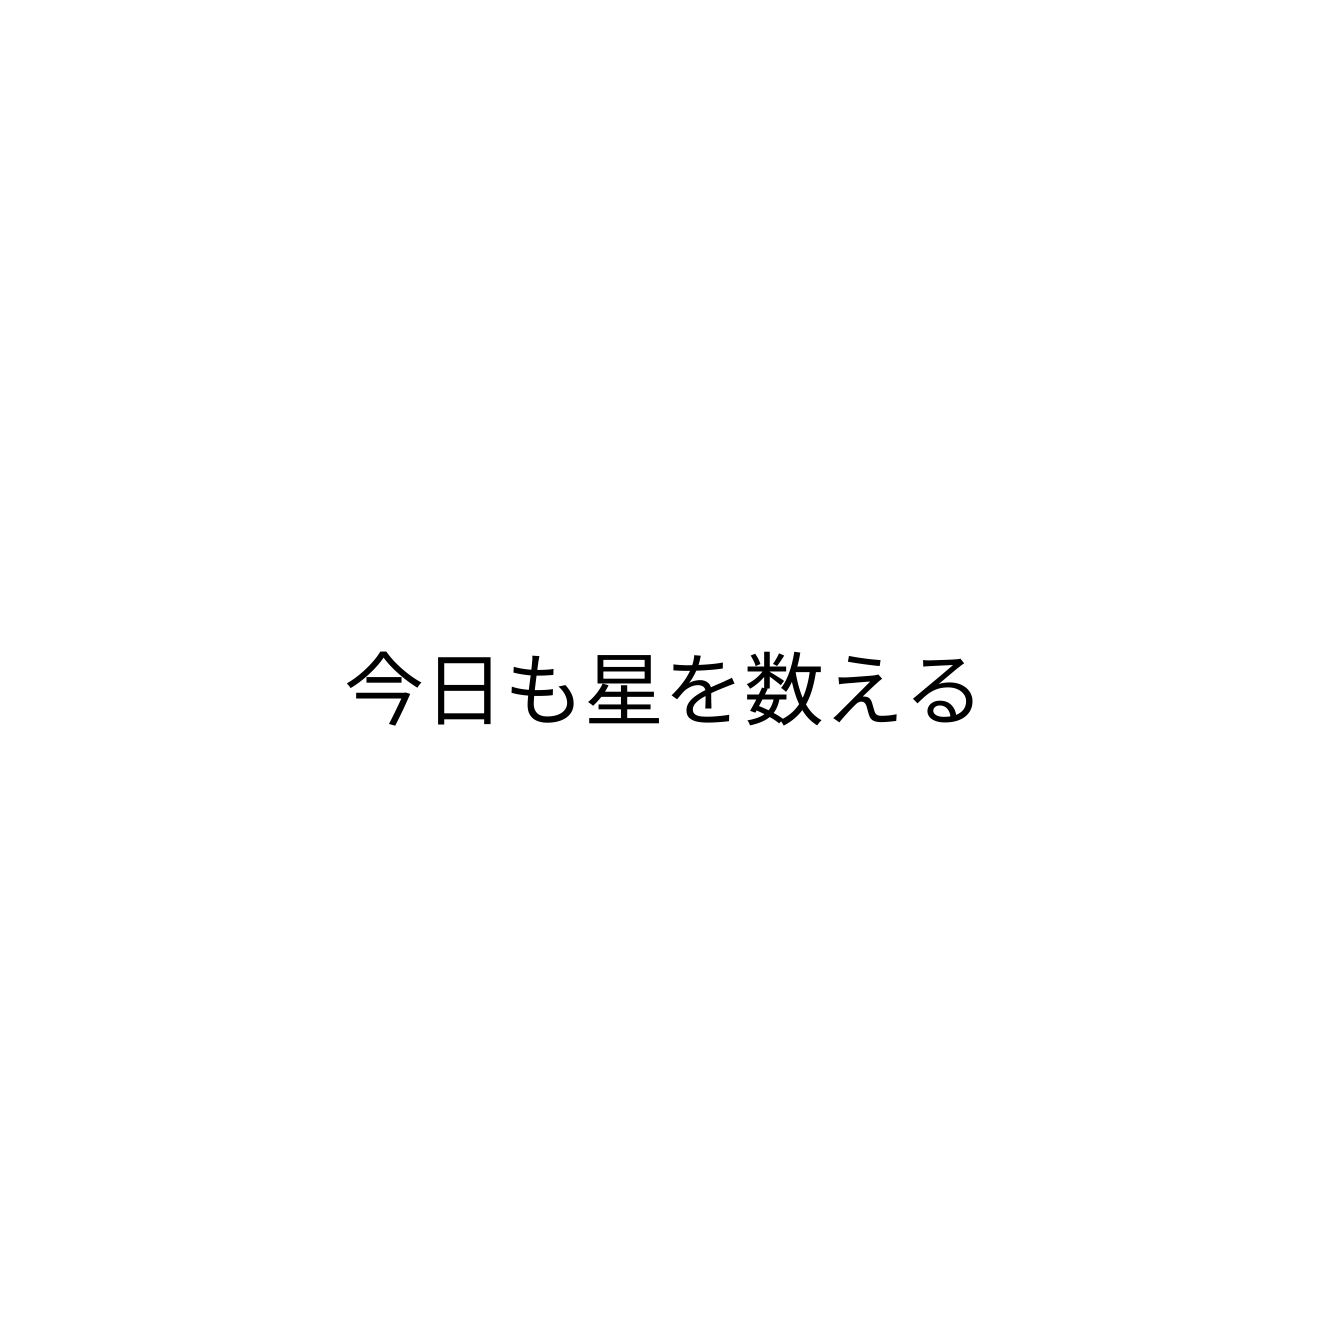
今日も星を数える